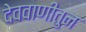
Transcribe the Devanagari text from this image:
देववाणीतुन